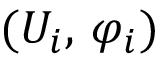
( U _ { i } , \, \varphi _ { i } )